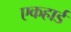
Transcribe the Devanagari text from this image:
एकहार्ड